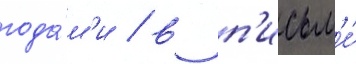
года́м'и / в п'исьм'е́